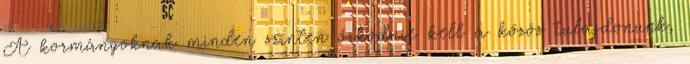
A kormányoknak minden szinten őrködnie kell a közös tulajdonunk,